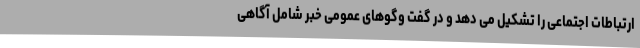
ارتباطات اجتماعی را تشکیل می دهد و در گفت وگوهای عمومی خبر شامل آگاهی